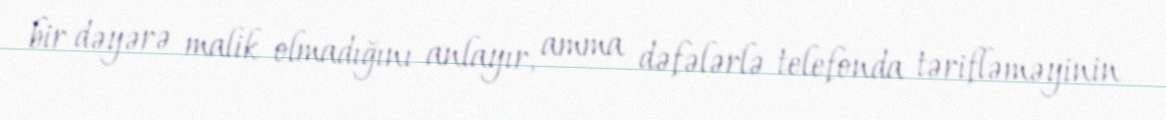
bir dəyərə malik olmadığını anlayır, amma dəfələrlə telefonda tərifləməyinin